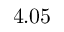
4 . 0 5